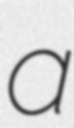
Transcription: a